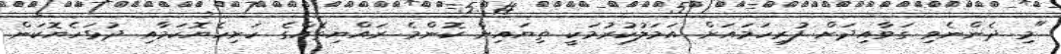
"މި ދެންނެވި ގަވާއިދަށް ފުރިހަމައަށް އަމަލުކުރުމަކީ ތިޔައިން ކޮންމެ ރައްޔިތެއްގެ ހަށިހެޔޮކަމާއި ދުޅަހެޔޮކަން